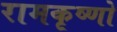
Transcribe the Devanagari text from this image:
रामकृष्णो